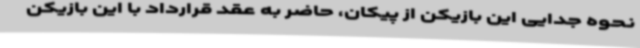
نحوه جدایی این بازیکن از پیکان، حاضر به عقد قرارداد با این بازیکن